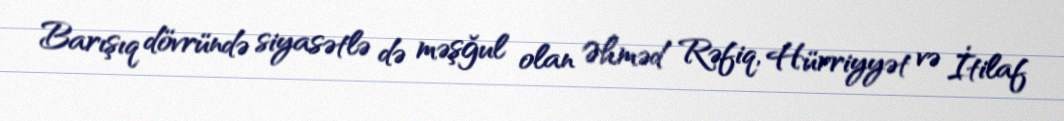
Barışıq dövründə siyasətlə də məşğul olan Əhməd Rəfiq, Hürriyyət və İtilaf